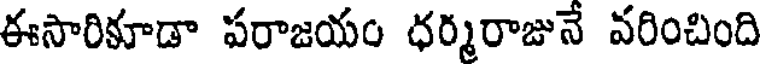
ఈసారికూడా పరాజయం ధర్మరాజునే వరించింది